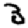
Digit: 3